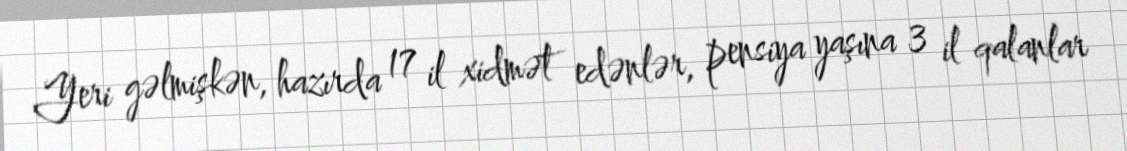
Yeri gəlmişkən, hazırda 17 il xidmət edənlər, pensiya yaşına 3 il qalanlar